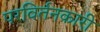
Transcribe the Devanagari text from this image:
परविर्तनकारी